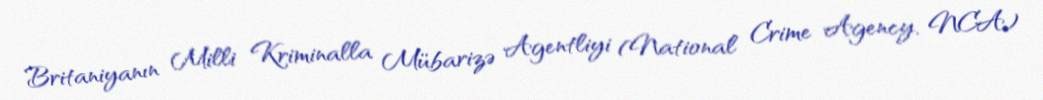
Britaniyanın Milli Kriminalla Mübarizə Agentliyi (National Crime Agency, NCA)